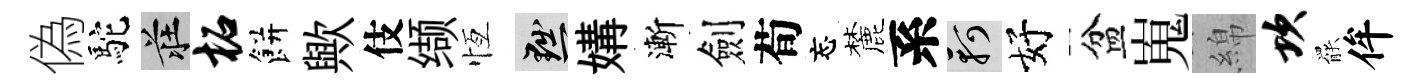
偽駝莊柘餅歟伎缬恆黜媾漸劍荀忘麓系軻好盆嵬綿坎罷侔